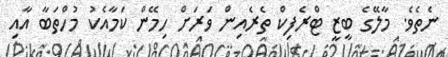
ނެތެވެ. މާލޭގެ ބިޒީ ޓްރެފިކް ތެރެއިން ވަރަށް ހިމޭން ކަމާއެކު މުހްތަބާ އާއި